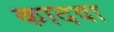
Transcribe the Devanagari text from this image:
कादवा